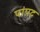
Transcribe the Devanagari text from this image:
पापद